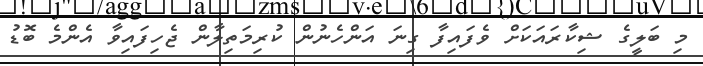
މި ބަލީގެ ޝިކާރައަކަށް ވެފައިފާ ގިނަ އަންހެނުން ކުރިމަތިލާން ޖެހިފައިވާ އެންމެ ބޮޑު